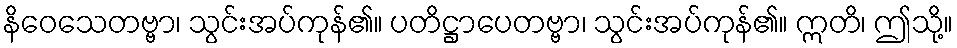
နိဝေသေတဗ္ဗာ၊ သွင်းအပ်ကုန်၏။ ပတိဋ္ဌာပေတဗ္ဗာ၊ သွင်းအပ်ကုန်၏။ ဣတိ၊ ဤသို့။